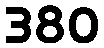
380